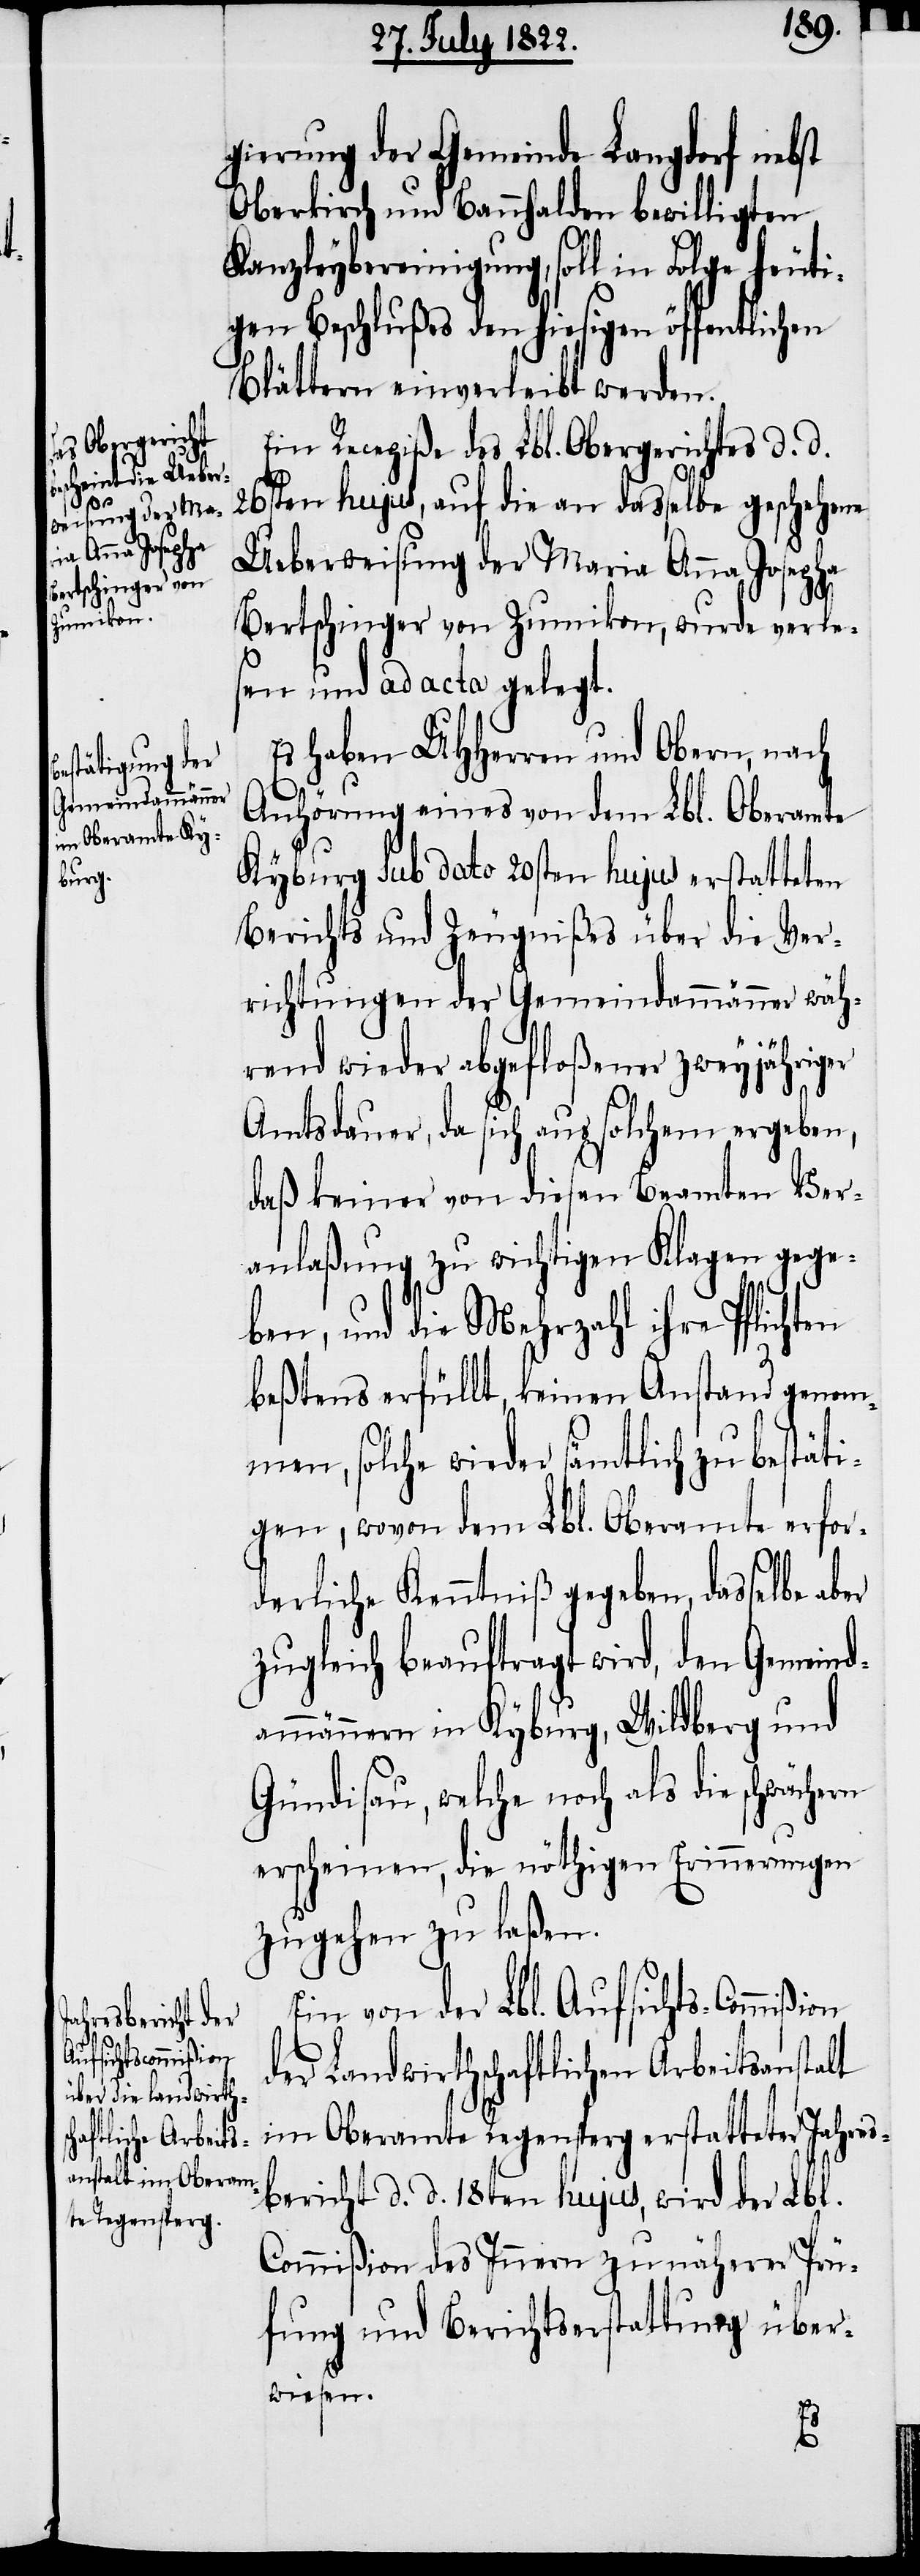
gierung der Gemeinde Langdorf nebst
Oberkirch und Bauhalden bewilligten
Kanzleybereinigung, soll in Folge heuti¬
gen Beschlußes den hiesigen öffentlichen
Blättern einverleibt werden.
Ein Recepiße des Lbl. Obergerichtes d. d.
26sten hujus, auf die an dasselbe geschehene
Ueberweisung der Maria Anna Josepha
Bertschinger von Zumikon, wurde verle¬
sen und ad acta gelegt.
Es haben UHHerrn und Obern, nach
Anhörung eines von dem Lbl. Oberamte
Kyburg Sub dato 20sten hujus erstatteten
Berichts und Zeugnißes über die Ver¬
richtungen der Gemeindammänner wäh¬
rend wieder abgefloßener zweyjähriger
Amtsdauer, da sich aus solchem ergeben,
daß keiner von diesen Beamten Ver¬
anlaßung zu wichtigen Klagen gege¬
ben, und die Mehrzahl ihre Pflichten
beßtens erfüllt, keinen Anstand genom¬
men, solche wieder sämtlich zu bestäti¬
gen, wovon dem Lbl. Oberamte erfor¬
derliche Kenntniß gegeben, dasselbe aber
zugleich beauftragt wird, den Gemeind¬
ammännern in Kyburg, Wildberg und
Gündisau, welche noch als die schwächern
erscheinen, die nöthigen Erinnerungen
zugehen zu laßen.
Ein von der Lbl. Aufsichts-Commißi¬
der Landwirtschaftlichen Arbeitsanstalt
im Oberamte Regensperg erstatteter Jahres¬
bericht d. d. 18ten hujus, wird der Lbl.
Commißion des Innern zu näherer Prü¬
fung und Berichterstattung über¬
wiesen.
on